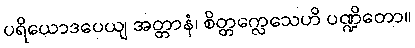
ပရိယောဒပေယျ အတ္တာနံ၊ စိတ္တက္လေသေဟိ ပဏ္ဍိတော။